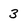
Character: 3